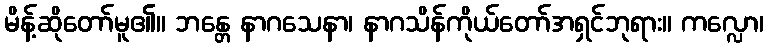
မိန့်ဆိုတော်မူ၏။ ဘန္တေ နာဂသေနာ၊ နာဂသိန်ကိုယ်တော်အရှင်ဘုရား။ ကလ္လော၊